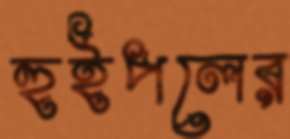
হুইপলের